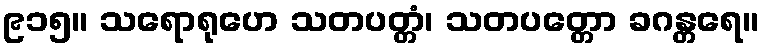
၉၁၅။ သရောရုဟေ သတပတ္တံ၊ သတပတ္တော ခဂန္တရေ။